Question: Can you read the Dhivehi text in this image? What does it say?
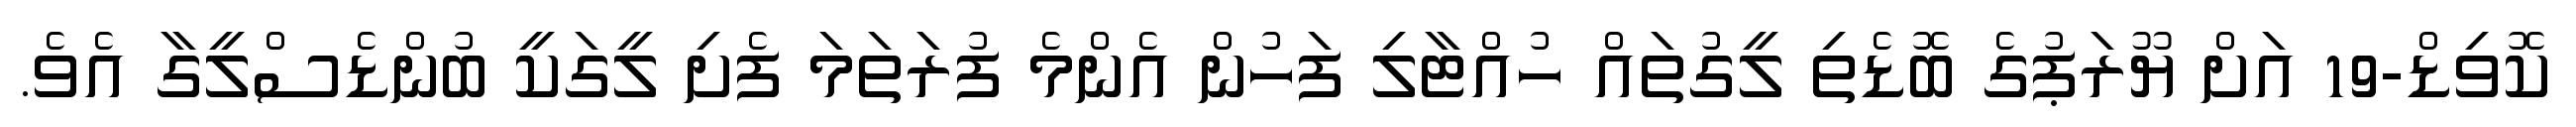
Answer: ކޮވިޑް-19 އަށް ޔޫރަޕުގެ ބޮޑެތި ލީގުތައް ހުއްޓާލި ފަހުން އެންމެ ފުރަތަމަ ފެށި ލީގަކީ ބުންޑެސްލީގާ އެވެ.